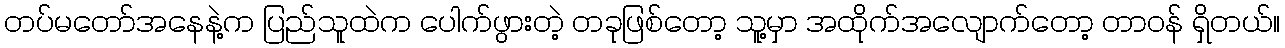
တပ်မတော်အနေနဲ့က ပြည်သူထဲက ပေါက်ဖွားတဲ့ တခုဖြစ်တော့ သူ့မှာ အထိုက်အလျောက်တော့ တာဝန် ရှိတယ်။